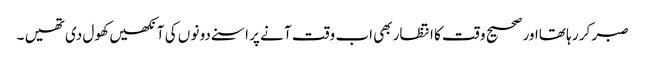
صبر کر ر ہا تھااور صحیح و قت کا انتظار بھی اب وقت آ نے پر اسنے دو نو ں کی آ نکھیں کھو ل دی تھیں ۔